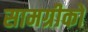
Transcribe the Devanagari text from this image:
सामग्रीको